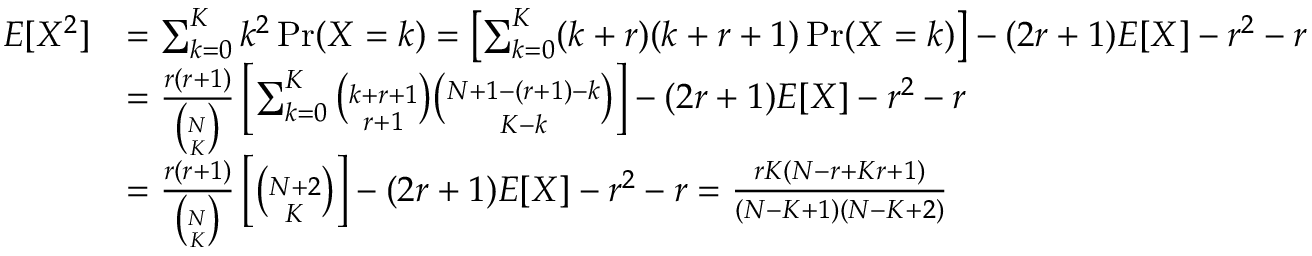
{ \begin{array} { r l } { E [ X ^ { 2 } ] } & { = \sum _ { k = 0 } ^ { K } k ^ { 2 } \operatorname* { P r } ( X = k ) = \left[ \sum _ { k = 0 } ^ { K } ( k + r ) ( k + r + 1 ) \operatorname* { P r } ( X = k ) \right] - ( 2 r + 1 ) E [ X ] - r ^ { 2 } - r } \\ & { = { \frac { r ( r + 1 ) } { \binom { N } { K } } } \left[ \sum _ { k = 0 } ^ { K } { \binom { k + r + 1 } { r + 1 } } { \binom { N + 1 - ( r + 1 ) - k } { K - k } } \right] - ( 2 r + 1 ) E [ X ] - r ^ { 2 } - r } \\ & { = { \frac { r ( r + 1 ) } { \binom { N } { K } } } \left[ { \binom { N + 2 } { K } } \right] - ( 2 r + 1 ) E [ X ] - r ^ { 2 } - r = { \frac { r K ( N - r + K r + 1 ) } { ( N - K + 1 ) ( N - K + 2 ) } } } \end{array} }